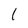
Character: l